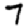
Digit: 7